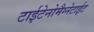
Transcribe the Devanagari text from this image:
टाईटेनोमैग्नेटाईट